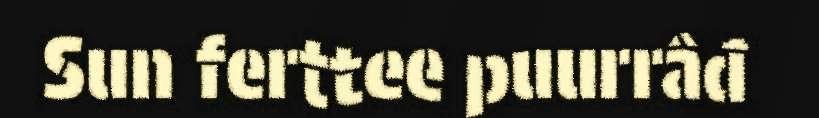
Sun ferttee puurrâđ